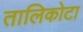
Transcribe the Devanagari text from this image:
तालिकोटा